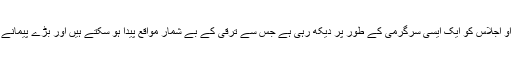
شہر کی انتظامیہ ایس سی او اجلاس کو ایک ایسی سرگرمی کے طور پر دیکھ رہی ہے جس سے ترقی کے بے شمار مواقع پیدا ہو سکتے ہیں اور بڑے پیمانے پر مستفید ہوا جا سکتا ہے۔